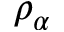
\rho _ { \alpha }